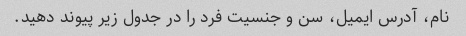
نام، آدرس ایمیل، سن و جنسیت فرد را در جدول زیر پیوند دهید.